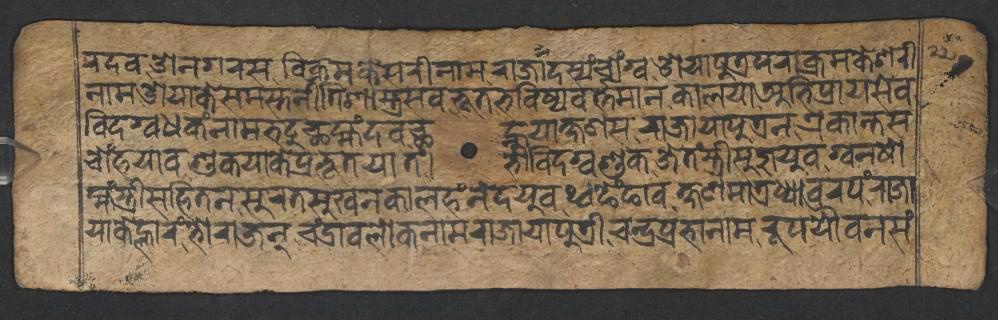
𑐬𑐡𑐰,𑐌𑐣𑐐𑐬𑐳𑐰𑐶𑐎𑑂𑐬𑐩𑐎𑐾𑐳𑐬𑐷𑐣𑐵𑐩𑐬𑐵𑐖𑐵𑐡𑐳𑑂𑐫𑑄𑐔𑑀𑑄𑐐𑑂𑐰,𑐌𑐫𑐵𑐥𑐸𑐟𑑂𑐬𑐥𑐬𑐵𑐎𑑂𑐬𑐩𑐎𑐾𑐱𑐬𑐷 𑐣𑐵𑐩,𑐌𑐫𑐵𑐎𑐾𑐳𑐩𑐳𑑂𑐟𑐣𑐷𑐟𑐶𑐱𑐵𑐳𑑂𑐟𑑂𑐬𑐳𑐰,𑐨𑐹𑐟𑐨𑐰𑐶𑐲𑑂𑐫𑐰𑐬𑑂𑐟𑑂𑐟𑐩𑐵𑐣𑐎𑐵𑐮𑐫𑐵𑐀𑐨𑐶𑐥𑑂𑐬𑐵𑐫𑐳𑐾𑐰, 𑐰𑐶𑐡𑐐𑑂𑐰𑐢𑐎𑑄𑐣𑐵𑐩𑐨𑐚𑐸𑐕𑐩𑑂𑐴𑑄𑐡𑐰,𑐕𑐣𑑂𑐴𑐸𑐫𑐵𑐎𑑂𑐲𑐞𑐳𑐬𑐵𑐖𑐵𑐫𑐵𑐥𑐸𑐟𑑂𑐬𑐣𑐊𑐎𑐵𑐣𑑂𑐟𑐳 𑐔𑑀𑑄𑐴𑐫𑐵𑐰𑐱𑐸𑐎𑐫𑐵𑐎𑐾𑐥𑑂𑐬𑐨𑐹𑐟𑐫𑐵𑐟𑑄,𑐴𑐾𑐰𑐶𑐡𑐐𑑂𑐰𑐱𑐸𑐎𑐖𑐾𑐟𑑄𑐳𑑂𑐟𑑂𑐬𑐷𑐳𑐸𑐖𑐫𑐸𑐰,𑐐𑑂𑐰𑐣𑐲𑑀 𑐩𑑂𑐴𑑄𑐳𑑂𑐟𑑂𑐬𑐷𑐳𑐴𑐶𑐟𑐣𑐳𑐸𑐬𑐟𑐳𑐸𑐏𑐣𑐎𑐵𑐮𑐴𑑄𑐣𑐾𑐡𑐫𑐸𑐰,𑐠𑑂𑐰𑐒𑐾𑐒𑐵𑐰𑐎𑑂𑐲𑐞𑐩𑐵𑐟𑑂𑐬𑐢𑑂𑐫𑐵𑐰𑐬𑐥𑑄𑐬𑐵𑐖𑐵 𑐫𑐵𑐎𑐾𑐮𑑂𑐴𑐵𑐬𑑄,𑐨𑑀𑐬𑐵𑐖𑐣𑑂𑐔𑑄𑐡𑑂𑐬𑐵𑐰𑐮𑑀𑐎𑐣𑐵𑐩𑐬𑐵𑐖𑐵𑐫𑐵𑐥𑐸𑐟𑑂𑐬𑐷𑐔𑐣𑑂𑐡𑑂𑐬𑐥𑑂𑐬𑐨𑐵𑐣𑐵𑐩𑐬𑐹𑐥𑐫𑑁𑐰𑐣𑐳𑑄